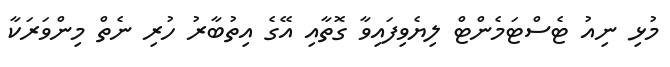
މުޅި ނިއު ޓެސްޓަމެންޓް ލިޔެވިފައިވާ ގޮތާއި އޭގެ އިތުބާރު ހުރި ނެތް މިންވަރަކާ